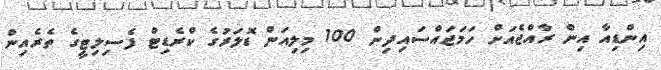
އިންޑިއާ އިން ރާއްޖެއަށް ހަމަޖައްސައިދިން 100 މިލިއަން ޑޮލަރުގެ ކްރެޑިޓް ފެސިލިޓީގެ ތެރެއިން